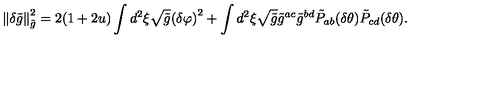
\left\| \delta \tilde { g } \right\| _ { \tilde { g } } ^ { 2 } = 2 ( 1 + 2 u ) \int { d ^ { 2 } } \xi \sqrt { \tilde { g } } { { ( \delta \varphi ) } ^ { 2 } } + \int { d ^ { 2 } } \xi \sqrt { \tilde { g } } { \tilde { g } ^ { a c } } { \tilde { g } ^ { b d } } { \tilde { P } _ { a b } } ( \delta \theta ) { \tilde { P } _ { c d } } ( \delta \theta ) .